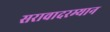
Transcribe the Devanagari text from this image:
सरावादरम्यान